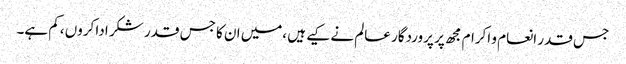
جس قدر انعام و اکرام مجھ پر پروردگار عالم نے کیے ہیں ،میں ان کا جس قدر شکر ادا کروں ،کم ہے۔